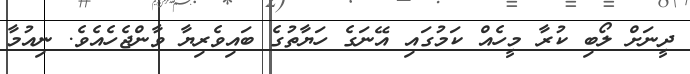
ދީނަށް ލޯބި ކުރާ މީހެއް ކަމުގައި އޭނަގެ ހަޔާތުގެ ބައިވެރިޔާ ވާންޖެހެއެވެ. ނިއުމާ